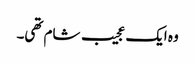
وہ ایک عجیب شام تھی۔